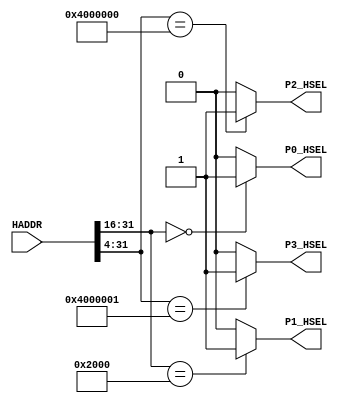
module AHBlite_Decoder
#(
    /*RAMCODE enable parameter*/
    parameter Port0_en = 1,
    /************************/

    /*WaterLight enable parameter*/
    parameter Port1_en = 1,
    /************************/

    /*RAMDATA enable parameter*/
    parameter Port2_en = 1,
    /************************/

    /*UART enable parameter*/
    parameter Port3_en = 1
    /************************/
)(
    input [31:0] HADDR,

    /*RAMCODE OUTPUT SELECTION SIGNAL*/
    output wire P0_HSEL,

    /*WaterLight OUTPUT SELECTION SIGNAL*/
    output wire P1_HSEL,

    /*RAMDATA OUTPUT SELECTION SIGNAL*/
    output wire P2_HSEL,

    /*UART OUTPUT SELECTION SIGNAL*/
    output wire P3_HSEL       
);

//RAMCODE-----------------------------------

//0x00000000-0x0000ffff
/*Insert RAMCODE decoder code there*/
assign P0_HSEL = (HADDR[31:16] == 16'h0000) ? Port0_en : 1'b0; 
/***********************************/



//PERIPHRAL-----------------------------

//0X40000000 WaterLight MODE
//0x40000004 WaterLight SPEED
/*Insert WaterLight decoder code there*/
assign P2_HSEL = (HADDR[31:4] == 28'h4000000) ? Port2_en : 1'b0; 
/***********************************/

//0X40000010 UART RX DATA
//0X40000014 UART TX STATE
//0X40000018 UART TX DATA
/*Insert UART decoder code there*/
assign P3_HSEL = (HADDR[31:4] == 28'h4000001) ? Port3_en : 1'b0;
/***********************************/

//RAMDATA-----------------------------
//0X20000000-0X2000FFFF
/*Insert RAMDATA decoder code there*/
assign P1_HSEL = (HADDR[31:16] == 16'h2000) ? Port1_en : 1'b0; 
/***********************************/

endmodule